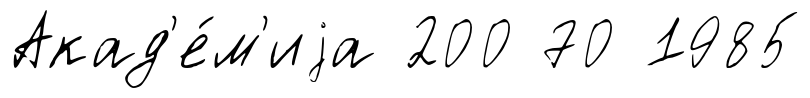
Акад'е́м'иjа 200 70 1985